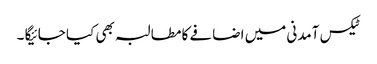
ٹیکس آمدنی میں اضافے کا مطالبہ بھی کیا جائیگا ۔